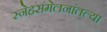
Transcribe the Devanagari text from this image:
स्नेहसंमेलनांतल्या